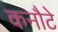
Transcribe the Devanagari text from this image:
कनौटे